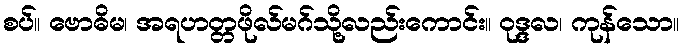
စပ်။ ဗောဓိမ၊ အရဟတ္တဖိုလ်မဂ်သို့လည်းကောင်း။ ဝုဒ္ဒလ၊ ကုန်သော။